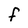
Character: f